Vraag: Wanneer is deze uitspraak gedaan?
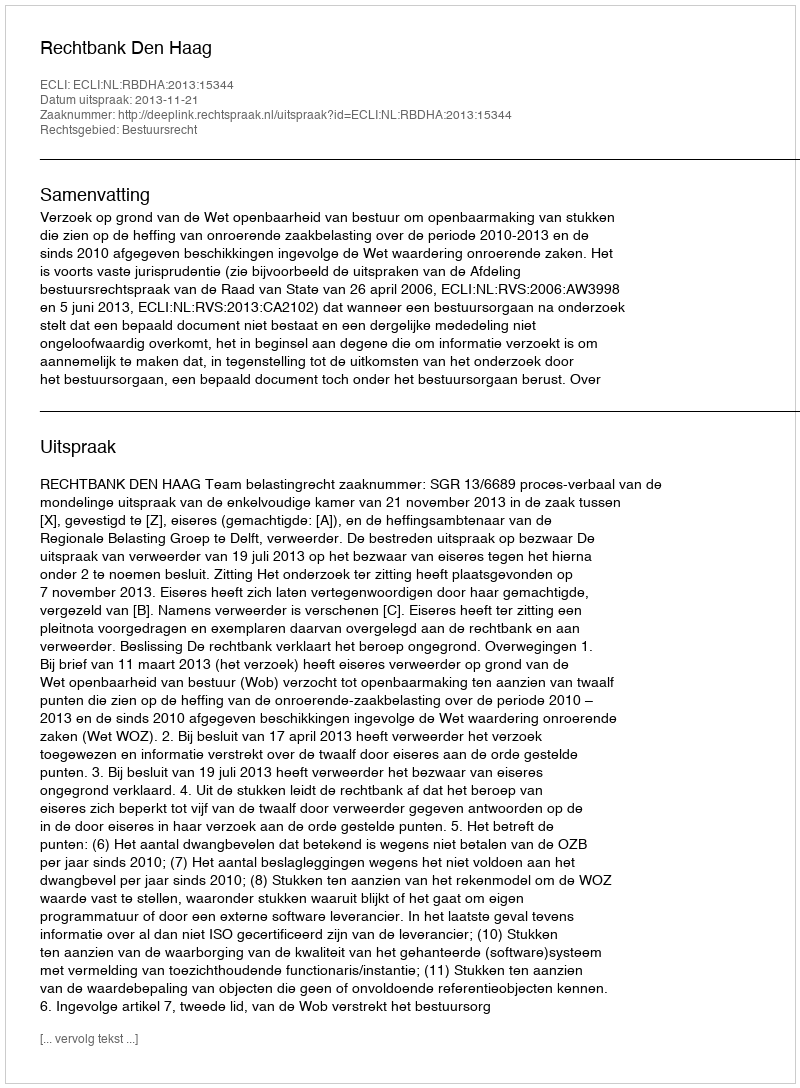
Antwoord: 2013-11-21